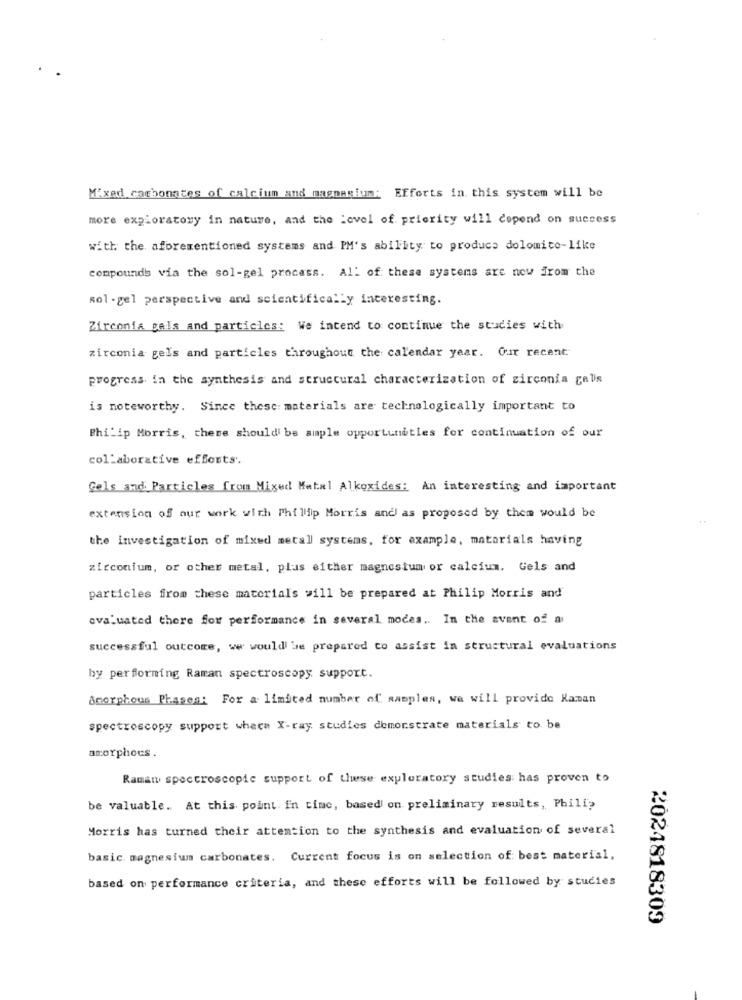
Mixed carbonates of calcium and magnesium; Efforts in this system will be
more exploratory in nature, and the Level of priority will depend on success
with the aforementioned systems and PM's ability to produce dolomite-like
compounds via the sol-gel process. All of these systems are now from the
sol -gel perspective and scientifically interesting.
Zirconia gals and particles: We intend to continue the studies with
zirconia gels and particles throughout the calendar year. Our recent
progress in the synthesis and structural characterization of zirconia gelis
is noteworthy. Since these: materials are technologically important to
Philip Morris, these shouldi be ample opportunities for continuation of our
collaborative efforts ..
Gels and Particles from Mixed Metal Alkoxides: An interesting and important
extension of our work with Phillip Morris and as proposed by them would be
the investigation of mixed metall systems, for example, materials having
zirconium, or other metal, plus either magnesium or calcium. Gels and
particles from these materials will be prepared at Philip Morris and
evaluated there for performance in several modes .. In the event of a
successful outcome, we would be prepared to assist in structural evaluations
by performing Raman spectroscopy support.
amorphous Phases: For a limited number of samples, we will provide Kaman
spectroscopy support where X-ray studies demonstrate materials to. be
amorphous.
Raman spectroscopic support of these exploratory studies has proven to
be valuable. At this point. En timc, based on preliminary results, Philip
Morris has turned their attention to the synthesis and evaluation of several
basic. magnesium carbonates. Current focus is on selection of best material.
based on performance criteria, and these efforts will be followed by studies
2024818309